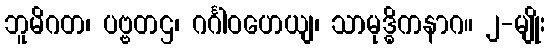
ဘူမိဂတ၊ ပဗ္ဗတဌ၊ ဂင်္ဂါဝဟေယျ၊ သာမုဒ္ဓိကနာဂ။ ၂-မျိုး